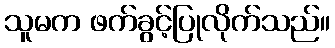
သူမက ဖက်ခွင့်ပြုလိုက်သည်။